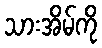
သားအိမ်ကို